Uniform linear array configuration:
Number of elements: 16
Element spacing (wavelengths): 0.25
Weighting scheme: kaiser
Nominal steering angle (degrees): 0
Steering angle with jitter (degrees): -0.7889
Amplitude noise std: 0.05
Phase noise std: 0.05

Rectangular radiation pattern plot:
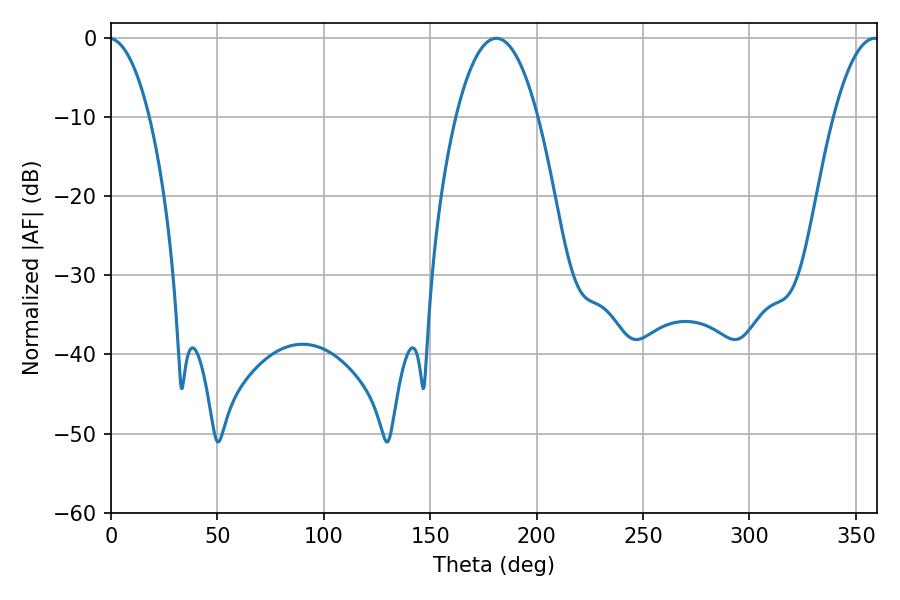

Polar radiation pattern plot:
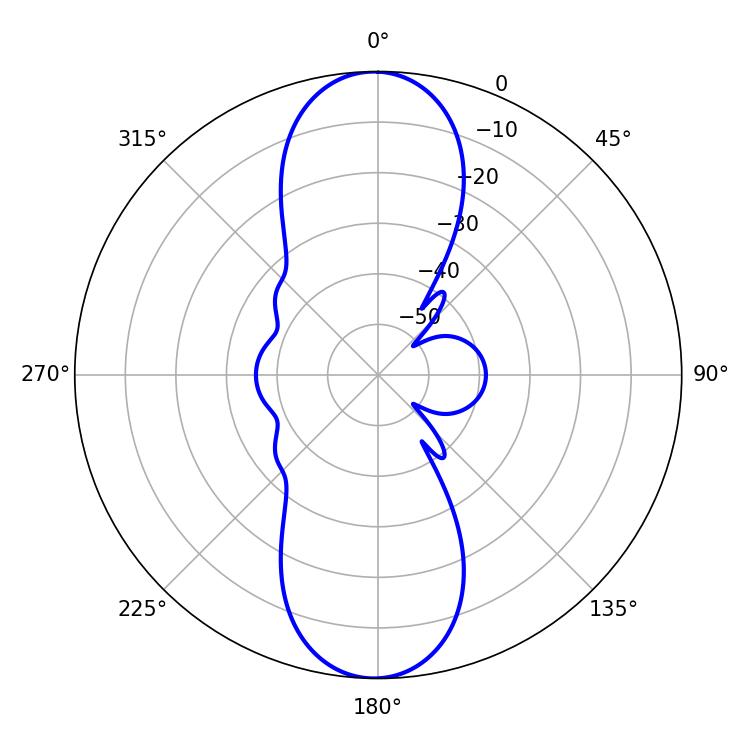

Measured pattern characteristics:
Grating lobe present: FALSE
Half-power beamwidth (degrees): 21.42
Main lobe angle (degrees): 181.08